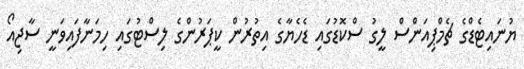
ޔުނައިޓެޑްގެ ޗެމްޕިއަންސް ލީގު ސްކޮޑުގައި ޑެހެޔާގެ އިތުރުން ކީޕަރުންގެ ލިސްޓުގައި ހިމަނާފައިވަނީ ސާޖިއޯ